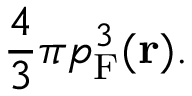
{ \frac { 4 } { 3 } } \pi p _ { \mathrm { F } } ^ { 3 } ( \mathbf { r } ) .